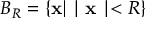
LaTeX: B _ { R } = \left\{ { \bf x } | \mid { \bf x } \mid < R \right\}